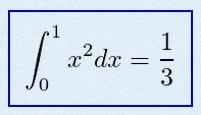
\int_0^1 x^2dx=\frac13